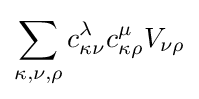
\sum _{\kappa ,\nu ,\rho }c_{\kappa \nu }^{\lambda }c_{\kappa \rho }^{\mu }V_{\nu \rho }